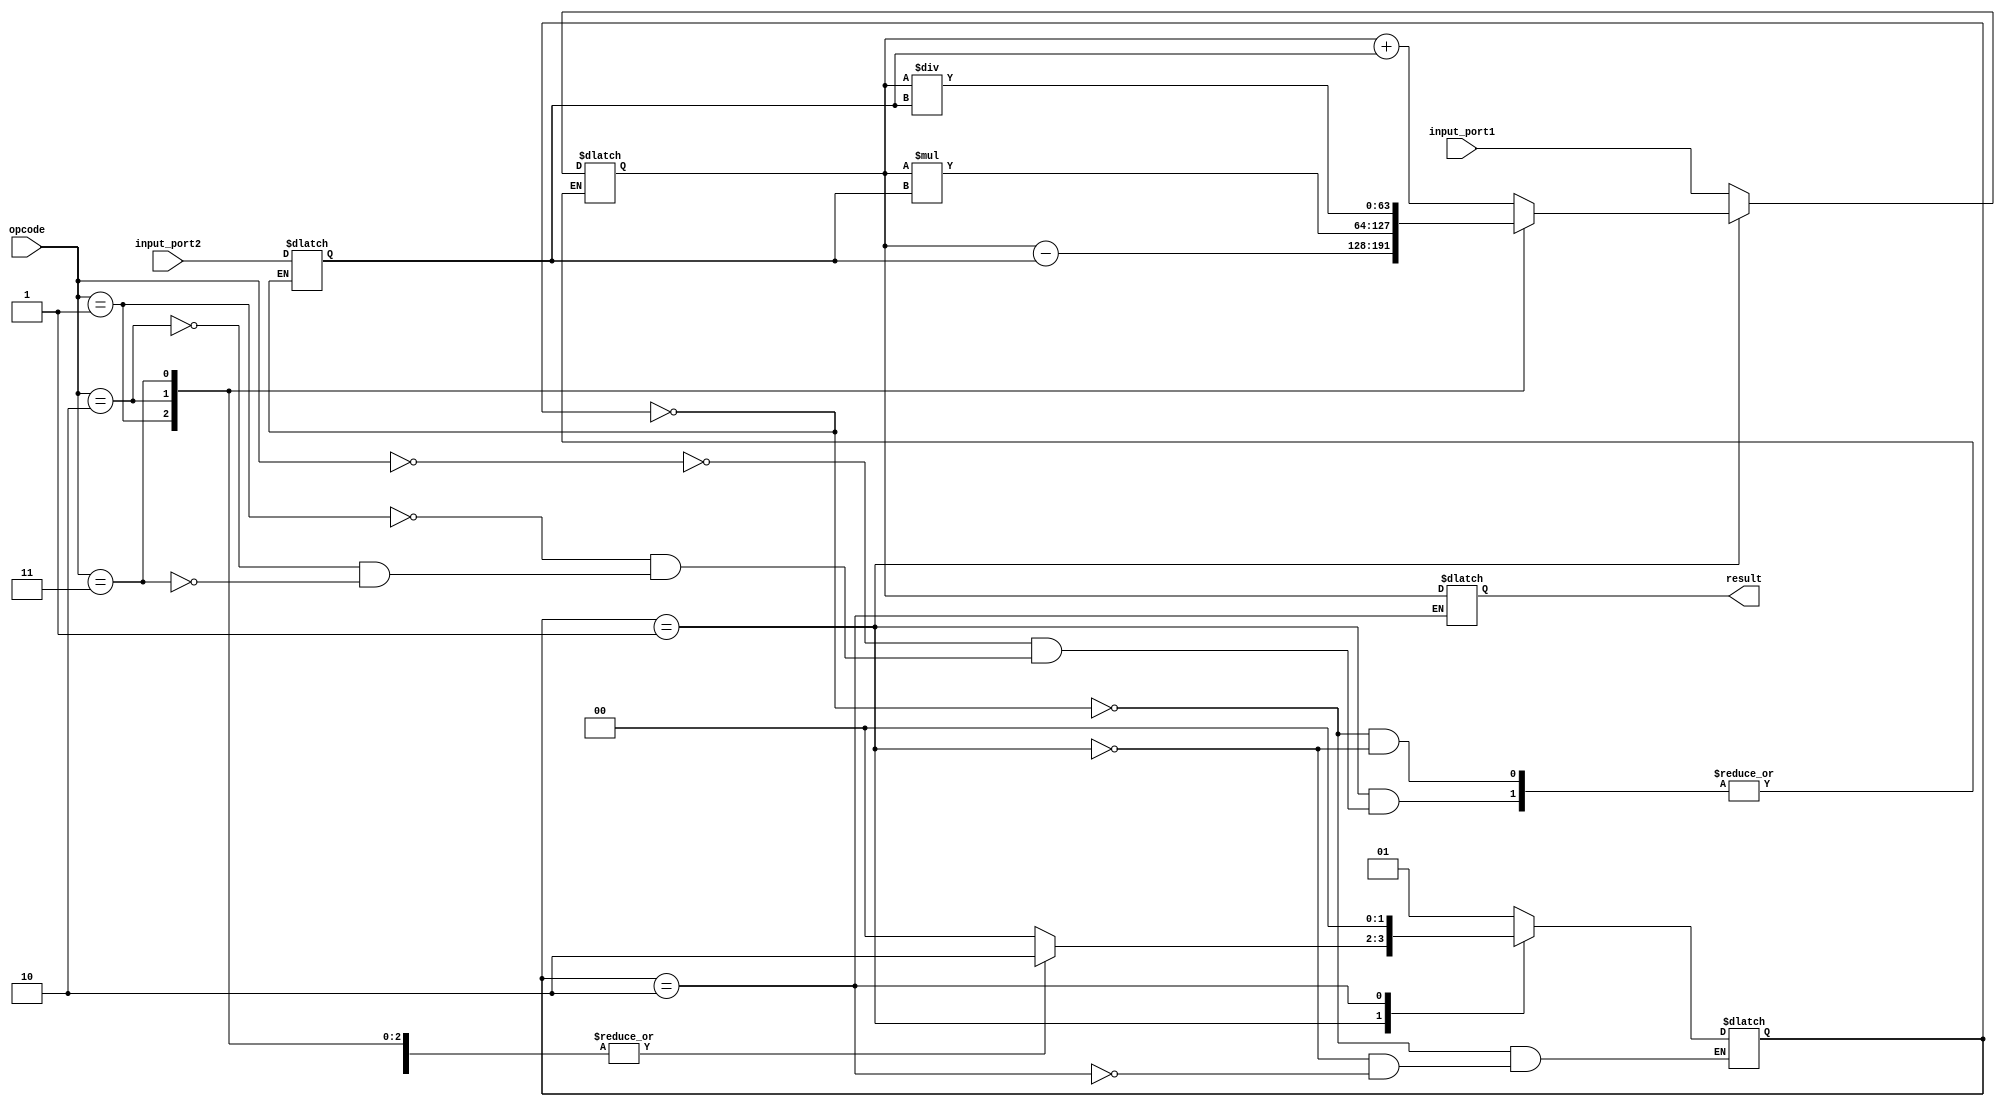
module Floating_point_ALU(
    input [63:0] input_port1,
    input [63:0] input_port2,
    input [2:0] opcode,
    output reg [63:0] result
);

reg [1:0] state;
reg [63:0] accumulator;
reg [63:0] temp_result;

always @ (state or input_port1 or input_port2) begin
    case (state)
        2'b00: begin // Data path unit
            accumulator <= input_port1;
            temp_result <= input_port2;
            state <= 2'b01;
        end

        2'b01: begin // Control unit
            case (opcode)
                3'b000: begin // Addition
                    accumulator <= accumulator + temp_result;
                    state <= 2'b10;
                end

                3'b001: begin // Subtraction
                    accumulator <= accumulator - temp_result;
                    state <= 2'b10;
                end

                3'b010: begin // Multiplication
                    accumulator <= accumulator * temp_result;
                    state <= 2'b10;
                end

                3'b011: begin // Division
                    accumulator <= accumulator / temp_result;
                    state <= 2'b10;
                end

                default: begin
                    state <= 2'b00;
                end
            endcase
        end

        2'b10: begin // Arithmetic logic unit
            result <= accumulator;
            state <= 2'b00;
        end
    endcase
end

endmodule